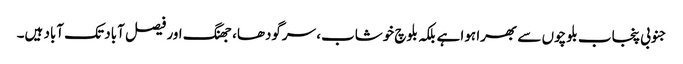
جنوبی پنجاب بلوچوں سے بھرا ہوا ہے بلکہ بلوچ خوشاب، سرگودھا، جھنگ اور فیصل آباد تک آباد ہیں۔